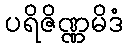
ပရိဇိဏ္ဏမိဒံ